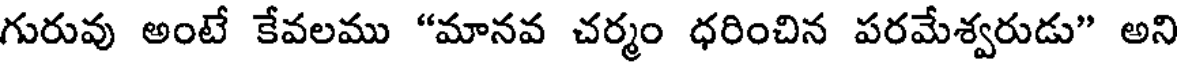
గురువు అంటే కేవలము "మానవ చర్మం ధరించిన పరమేశ్వరుడు" అని